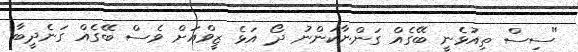
"ސިސް ތިއުޅެނީ ބޭގެއް ގަންނާކަންނު ދޯ އަޅެ ޒީވްއަށް ވެސް ބޭގެއް ގަނެދީބާ